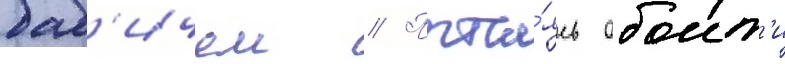
баб'ичем // Пыта́ясь обоит'и